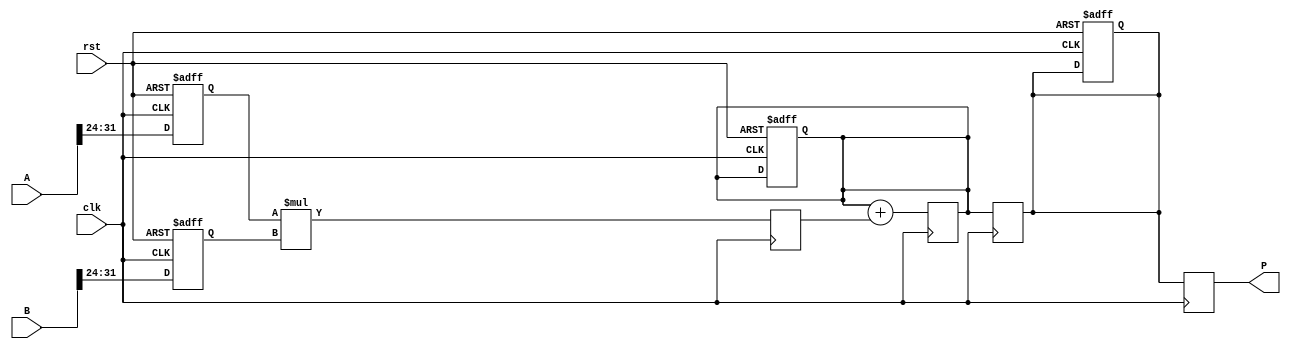
module pipelined_sliced_multiplier #(
    parameter N = 32, // Width of the input operands
    parameter M = 4    // Number of slices
)(
    input  wire [N-1:0] A,   // First operand
    input  wire [N-1:0] B,   // Second operand
    input  wire clk,          // Clock signal
    input  wire rst,          // Reset signal
    output reg [2*N-1:0] P    // Output product
);

    // Calculate slice width
    localparam S = N / M;       // Width of each slice
    reg [S-1:0] A_slice [0:M-1]; // Slices of A
    reg [S-1:0] B_slice [0:M-1]; // Slices of B
    reg [2*S-1:0] partial_products [0:M-1]; // Partial products

    // Pipeline registers
    reg [2*S-1:0] pp_reg [0:M-1]; // Register for partial products
    reg [2*N-1:0] sum_reg;         // Register for final sum
    reg [2*N-1:0] final_result;    // Final product result

    // Control logic
    integer i, j;

    // Slice input operands into M slices
    always @(posedge clk or posedge rst) begin
        if (rst) begin
            for (i = 0; i < M; i = i + 1) begin
                A_slice[i] <= 0;
                B_slice[i] <= 0;
            end
            sum_reg <= 0;
            final_result <= 0;
        end else begin
            for (i = 0; i < M; i = i + 1) begin
                A_slice[i] <= A[i*S +: S]; // Slicing A
                B_slice[i] <= B[i*S +: S]; // Slicing B
            end
        end
    end

    // Slice multiplication and partial product generation
    always @(posedge clk) begin
        for (i = 0; i < M; i = i + 1) begin
            pp_reg[i] <= A_slice[i] * B_slice[i]; // Multiply each slice
        end
    end

    // Accumulate partial products
    always @(posedge clk) begin
        sum_reg <= 0; // Reset sum
        for (i = 0; i < M; i = i + 1) begin
            sum_reg <= sum_reg + pp_reg[i]; // Sum partial products
        end
    end

    // Final result assignment
    always @(posedge clk) begin
        final_result <= sum_reg; // Assign the final result
    end

    // Output assignment
    always @(posedge clk) begin
        P <= final_result; // Output the product
    end

endmodule